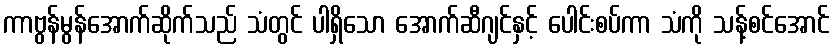
ကာဗွန်မွန်အောက်ဆိုက်သည် သံတွင် ပါရှိသော အောက်ဆီဂျင်နှင့် ပေါင်းစပ်ကာ သံကို သန့်စင်အောင်